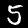
Digit: 5